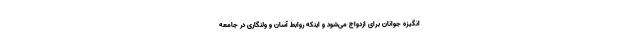
انگیزه جوانان برای ازدواج می‌شود و اینکه روابط آسان و ولنگاری در جامعه